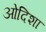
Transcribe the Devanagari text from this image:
ओदिशा